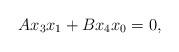
LaTeX: \begin{align*}Ax_3x_1+Bx_4x_0=0,\end{align*}